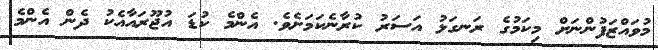
މުވައްޒަފުންނަށް މިކަމުގެ ރަނގަޅު އަސަރު ކުރާނެކަމަށެވެ. އެންމެ ކުޑަ އުޖޫރައާއެކު ދެން އެންމެ